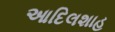
આદિલશાહ